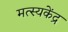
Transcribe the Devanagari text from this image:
मत्स्यकेंद्र